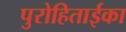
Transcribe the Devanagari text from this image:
पुरोहिताईका